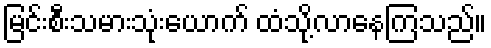
မြင်းစီးသမားသုံးယောက် ထံသို့လာနေကြသည်။